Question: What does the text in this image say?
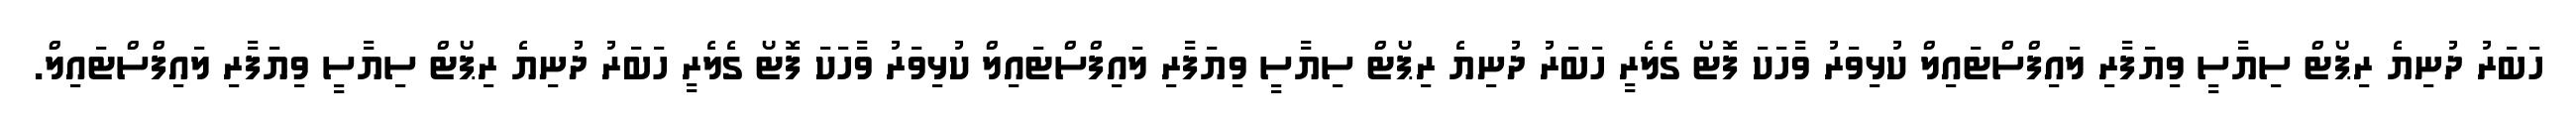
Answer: ހަބަރު ދުނިޔެ ރިޕޯޓް ސިޔާސީ ވިޔަފާރި ލައިފްސްޓައިލް ކުޅިވަރު ވާހަކަ ފޮޓޯ ގެލެރީ ހަބަރު ދުނިޔެ ރިޕޯޓް ސިޔާސީ ވިޔަފާރި ލައިފްސްޓައިލް ކުޅިވަރު ވާހަކަ ފޮޓޯ ގެލެރީ ހަބަރު ދުނިޔެ ރިޕޯޓް ސިޔާސީ ވިޔަފާރި ލައިފްސްޓައިލް.